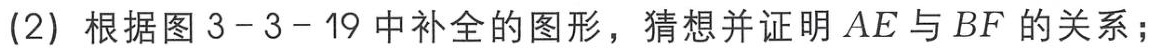
(2) 根据图 3 - 3 - 19 中补全的图形，猜想并证明 \(AE\) 与 \(BF\) 的关系；